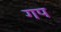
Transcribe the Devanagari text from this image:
गप